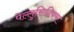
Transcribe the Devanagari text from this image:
पेल्लुसिदियम